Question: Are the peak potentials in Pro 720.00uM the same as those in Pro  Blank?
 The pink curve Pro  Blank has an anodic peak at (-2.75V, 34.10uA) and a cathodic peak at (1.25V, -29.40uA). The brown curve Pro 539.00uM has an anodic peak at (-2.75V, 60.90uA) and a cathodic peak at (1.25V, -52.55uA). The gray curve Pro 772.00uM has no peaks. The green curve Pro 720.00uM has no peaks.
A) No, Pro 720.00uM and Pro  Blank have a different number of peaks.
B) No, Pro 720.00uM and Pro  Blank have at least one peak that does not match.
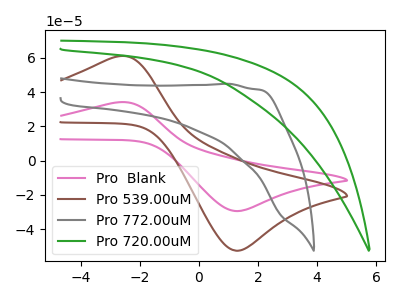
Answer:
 <answer>A) No, "Pro 720.00uM" and "Pro  Blank" have a different number of peaks.</answer>
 <eval>A</eval>